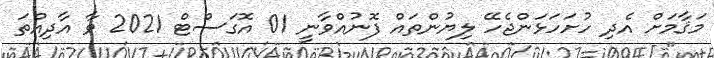
މަޤާމަށް އެދި ހުށަހަޅަންޖެހޭ ލިޔުންތައް ފޮނުއްވާނީ 01 އޮގަސްޓް 2021 ވާ އާދިއްތަ